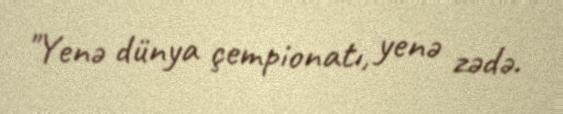
"Yenə dünya çempionatı, yenə zədə.